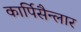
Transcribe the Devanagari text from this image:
कार्पिसैन्लार